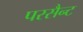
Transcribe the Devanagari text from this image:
परसैन्ट